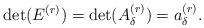
LaTeX: \begin{align*}\det(E^{(r)}) = \det(A_{\delta}^{(r)}) = a_{\delta}^{(r)}.\end{align*}